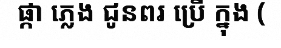
ផ្កា ភ្លេង ជូនពរ ប្រើ ក្នុង (